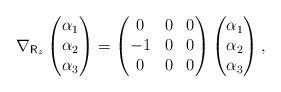
LaTeX: \begin{align*} \nabla_{\mathsf{R}_z} \left( \begin{matrix}\alpha_1 \\\alpha_2 \\\alpha_3\end{matrix}\right) = \left( \begin{matrix}0 & 0 & 0 \\-1 & 0 & 0 \\0 & 0 & 0\end{matrix}\right)\left( \begin{matrix}\alpha_1 \\\alpha_2 \\\alpha_3\end{matrix}\right) ,\end{align*}